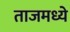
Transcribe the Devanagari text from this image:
ताजमध्ये